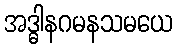
အဒ္ဓါနဂမနသမယေ